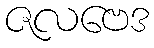
ဇလဗေဒ